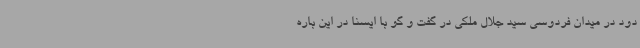
دود در میدان فردوسی سید جلال ملکی در گفت و گو با ایسنا در این باره